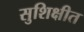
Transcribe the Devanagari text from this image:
सुशिक्षीत